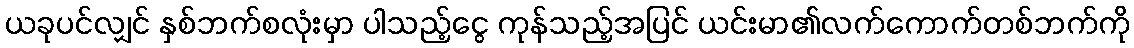
ယခုပင်လျှင် နှစ်ဘက်စလုံးမှာ ပါသည့်ငွေ ကုန်သည့်အပြင် ယင်းမာ၏လက်ကောက်တစ်ဘက်ကို